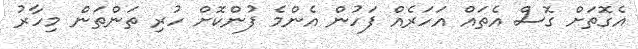
އެގޮތަށް ގޮސް އެތައް އަހަރެއް ފަހުން އެންމެ ފުންކޮށް ހުރި ތަންތަން މިހާރު